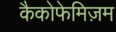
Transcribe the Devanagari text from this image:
कैकोफेमिज़म